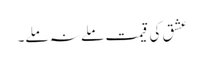
عشق کی قیمت ملے نہ ملے۔